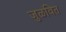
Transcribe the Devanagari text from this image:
जुळवित